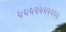
૫૫૫૫૫૫૫૫૫૫